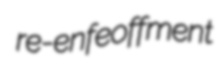
re-enfeoffment